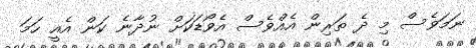
ނަމަވެސް މި ދެ ތަރިން އެއްވެސް އެވޯޑަކަށް ނުދާނެ ކަން އެއީ ހަމަ